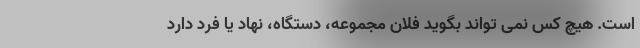
است. هیچ کس نمی تواند بگوید فلان مجموعه، دستگاه، نهاد یا فرد دارد